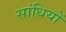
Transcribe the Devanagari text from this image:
सांधियों